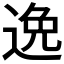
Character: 𨓜